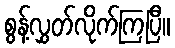
စွန့်လွှတ်လိုက်ကြပြီ။